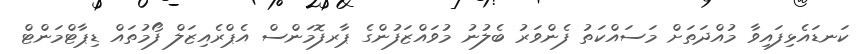
ކަނޑައެޅިފައިވާ މުއްދަތަށް މަސައްކަތު ފެންވަރު ބެލުނު މުވައްޒަފުންގެ ޕާރފޮމަންސް އެޕްރެއިޒަލް ފޯމުތައް ޑިޕާޓްމަންޓް